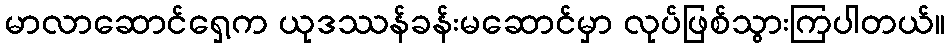
မာလာဆောင်ရှေ့က ယုဒဿန်ခန်းမဆောင်မှာ လုပ်ဖြစ်သွားကြပါတယ်။